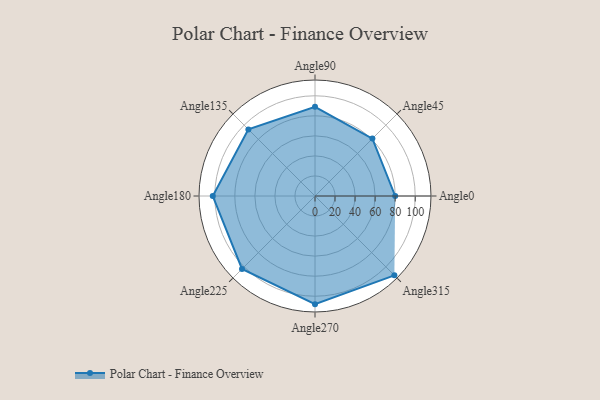
{"axis": {"x": "Angle", "y": "Radius"}, "legend": [""], "data": [{"x": "Angle0", "y": 80.0, "type": ""}, {"x": "Angle45", "y": 81.0, "type": ""}, {"x": "Angle90", "y": 89.0, "type": ""}, {"x": "Angle135", "y": 94.0, "type": ""}, {"x": "Angle180", "y": 102.0, "type": ""}, {"x": "Angle225", "y": 103.0, "type": ""}, {"x": "Angle270", "y": 108.0, "type": ""}, {"x": "Angle315", "y": 112.0, "type": ""}]}